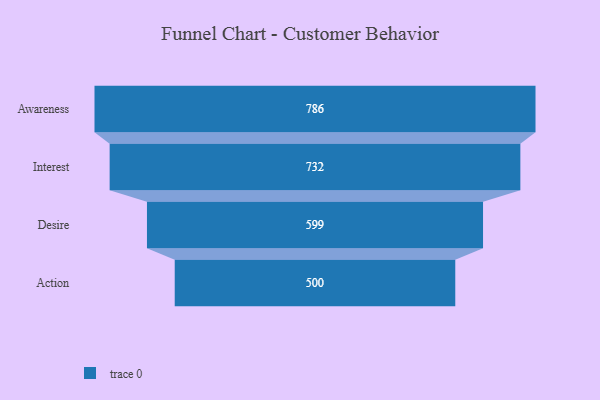
{"axis": {"x": "Stage", "y": "Value"}, "legend": [""], "data": [{"x": "Awareness", "y": 786.0, "type": ""}, {"x": "Interest", "y": 732.0, "type": ""}, {"x": "Desire", "y": 599.0, "type": ""}, {"x": "Action", "y": 500, "type": ""}]}